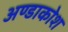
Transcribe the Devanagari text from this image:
अण्डाकोश